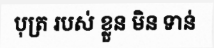
បុត្រ របស់ ខ្លួន មិន ទាន់